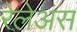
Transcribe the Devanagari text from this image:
रेलेअस